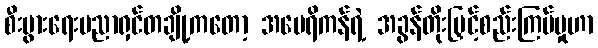
စီးပွားရေးပညာရှင်တချို့ကတော့ အမေရိကန်ရဲ့ အခွန်တိုးမြှင့်စည်းကြပ်မှုဟာ